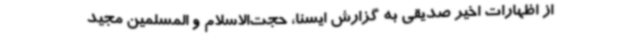
از اظهارات اخیر صدیقی به گزارش ایسنا، حجت‌الاسلام و المسلمین مجید